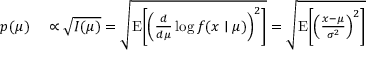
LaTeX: \begin{array} { r l } { p ( \mu ) } & { { } \propto { \sqrt { I ( \mu ) } } = { \sqrt { \operatorname { E } \! \left[ \left( { \frac { d } { d \mu } } \log f ( x \mid \mu ) \right) ^ { 2 } \right] } } = { \sqrt { \operatorname { E } \! \left[ \left( { \frac { x - \mu } { \sigma ^ { 2 } } } \right) ^ { 2 } \right] } } } \end{array}